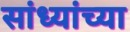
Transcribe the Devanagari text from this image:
सांध्यांच्या